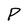
Character: P